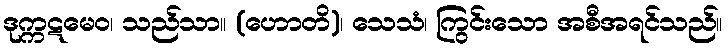
ဒုက္ကဋမေဝ၊ သည်သာ။ (ဟောတိ)၊ သေသံ၊ ကြွင်းသော အစီအရင်သည်။